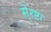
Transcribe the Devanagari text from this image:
से्रष्टा